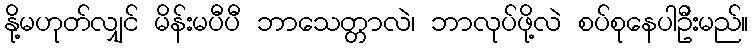
နို့မဟုတ်လျှင် မိန်းမပီပီ ဘာသေတ္တာလဲ၊ ဘာလုပ်ဖို့လဲ စပ်စုနေပါဦးမည်။